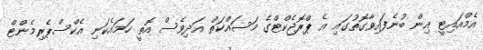
އެމްއައިޓީ އިން ބުނެފައިވާގޮތުގައި އެ ޕްރޮޖެކްޓްގެ މަސައްކަތް އަދިވެސް އޮތީ ހަމައެކަނި އެކްސްޕެރިމެންޓް